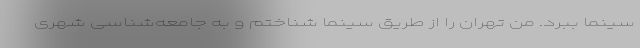
سینما ببرد. من تهران را از طریق سینما شناختم و به جامعه‌شناسی شهری